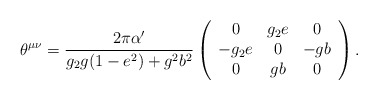
\begin{align*}\theta^{\mu\nu}=\frac{2\pi\alpha^{\prime}}{g_2g(1-e^2)+g^2b^2}\left(\begin{array}{ccc}0&g_2e&0 \\-g_2e&0&-gb\\0&gb&0\end{array}\right).\end{align*}